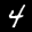
Label: 4